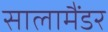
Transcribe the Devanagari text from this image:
सालामैंडर